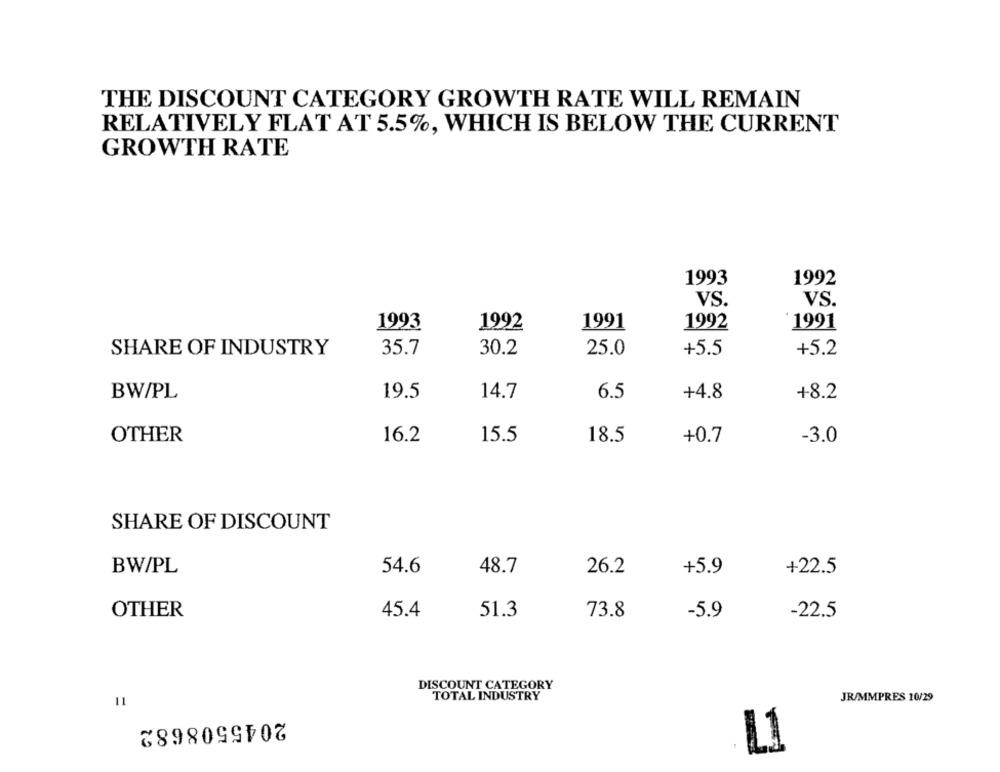
THE DISCOUNT CATEGORY GROWTH RATE WILL REMAIN
RELATIVELY FLAT AT 5.5%, WHICH IS BELOW THE CURRENT
GROWTH RATE
1993
1992
VS.
VS.
1991
1992
1993
1992
'1991
SHARE OF INDUSTRY
35.7
30.2
25.0
+5.5
+5.2
BW/PL
19.5
14.7
+4.8
+8.2
6.5
OTHER
16.2
15.5
18.5
+0.7
-3.0
SHARE OF DISCOUNT
BW/PL
54.6
48.7
26.2
+5.9
+22.5
OTHER
45.4
51.3
73.8
-5.9
-22.5
DISCOUNT CATEGORY
TOTAL INDUSTRY
JR/MMPRES 10/29
11
2045508682
L1